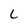
Character: C